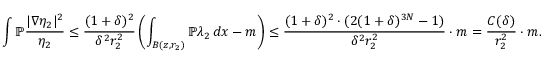
\int \mathbb { P } \frac { | \nabla \eta _ { 2 } | ^ { 2 } } { \eta _ { 2 } } \leq \frac { ( 1 + \delta ) ^ { 2 } } { \delta ^ { 2 } r _ { 2 } ^ { 2 } } \left( \int _ { B ( z , r _ { 2 } ) } \mathbb { P } \lambda _ { 2 } \, d x - m \right) \leq \frac { ( 1 + \delta ) ^ { 2 } \cdot ( 2 ( 1 + \delta ) ^ { 3 N } - 1 ) } { \delta ^ { 2 } r _ { 2 } ^ { 2 } } \cdot m = \frac { C ( \delta ) } { r _ { 2 } ^ { 2 } } \cdot m .